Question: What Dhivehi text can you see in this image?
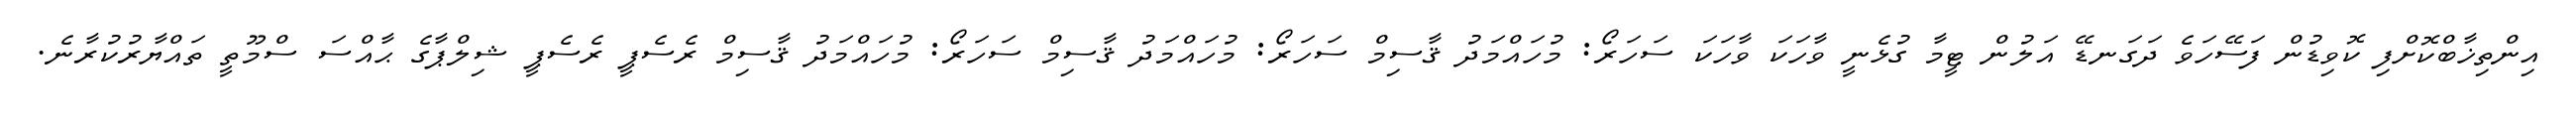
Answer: އިންތިޚާބްކޮށްފި ކޮވިޑުން ފަސޭހަވެ ދަގަނޑޭ އަލުން ޓީމާ ގުޅެނީ ވާހަކަ ވާހަކަ ސަހަރޯ: މުހައްމަދު ޤާސިމް ސަހަރޯ: މުހައްމަދު ޤާސިމް ސަހަރޯ: މުހައްމަދު ޤާސިމް ރެސެޕީ ރެސެޕީ ޝިލްޕާގެ ޙާއްސަ ސްމޫތީ ތައްޔާރުކުރާނެ.